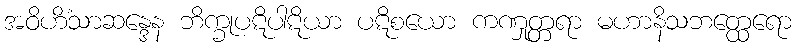
အဝိဟိံသာဆန္ဒေန ဘိက္ခုပဋိပါဋိယာ ပဋိစယော ကဏှုတ္တရာ မဟာနိသဘတ္ထေရော